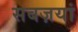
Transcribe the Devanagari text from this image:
सबज़यां